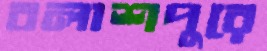
বলাশপুরে